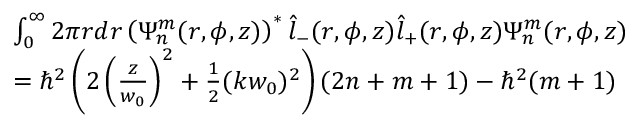
\begin{array} { r l } & { \int _ { 0 } ^ { \infty } 2 \pi r d r \left( \Psi _ { n } ^ { m } ( r , \phi , z ) \right) ^ { * } \hat { l } _ { - } ( r , \phi , z ) \hat { l } _ { + } ( r , \phi , z ) \Psi _ { n } ^ { m } ( r , \phi , z ) } \\ & { = \hbar ^ { 2 } \left( 2 \left( \frac { z } { w _ { 0 } } \right) ^ { 2 } + \frac { 1 } { 2 } ( k w _ { 0 } ) ^ { 2 } \right) ( 2 n + m + 1 ) - \hbar ^ { 2 } ( m + 1 ) } \end{array}